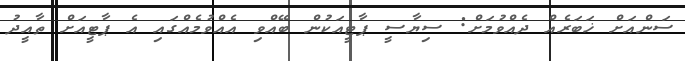
ސަންއަށް ޚަބަރެއް ދެއްވުމަށް: ސިޔާސީ ޕާޓީއަކުން ބޭއްވި އެއްވުމެއްގައި އެ ޕާޓީއަށް ތާއީދު